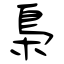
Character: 梟